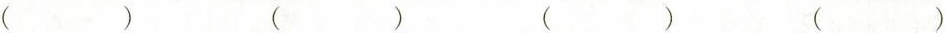
( ) ( ) ( ) ( )